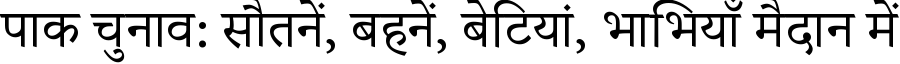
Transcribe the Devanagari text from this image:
पाक चुनाव: सौतनें, बहनें, बेटियां, भाभियाँ मैदान में